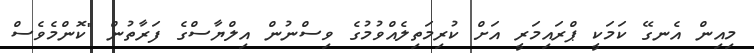
މިއިން އެނގޭ ކަމަކީ ޕްރައިމަރީ އަށް ކުރިމަތިލެއްވުމުގެ ވިސްނުން އިލްޔާސްގެ ފަރާތުން "ކޮންމެވެސް